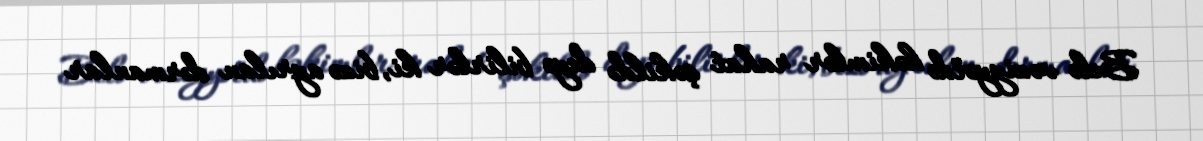
Belə vəziyyətdə həkimlər rahat şəkildə deyə bilirlər ki, bizə ayrılan dərmanlar